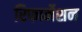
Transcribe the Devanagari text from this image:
रिफार्मेशन